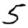
Digit: 5